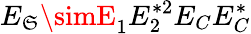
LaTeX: E_{\mathfrak{S}}\simE_{1}E_{2}^{*2}E_{C}E_{C}^{*}